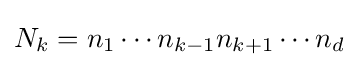
N_{k}=n_{1}\cdots n_{k-1}n_{k+1}\cdots n_{d}